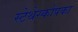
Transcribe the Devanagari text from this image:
स्टेथेस्कोपका